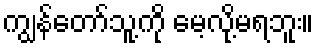
ကျွန်တော်သူ့ကို မေ့လို့မရဘူး။